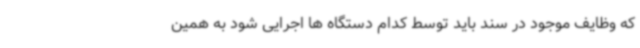
که وظایف موجود در سند باید توسط کدام دستگاه ها اجرایی شود به همین